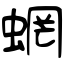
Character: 蝄